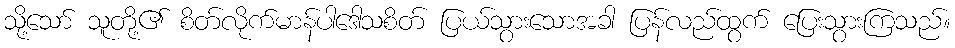
သို့သော် သူတို့၏ စိတ်လိုက်မာန်ပါဒေါသစိတ် ပြယ်သွားသောအခါ ပြန်လည်ထွက် ပြေးသွားကြသည်။